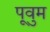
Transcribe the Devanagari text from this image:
पूवुम